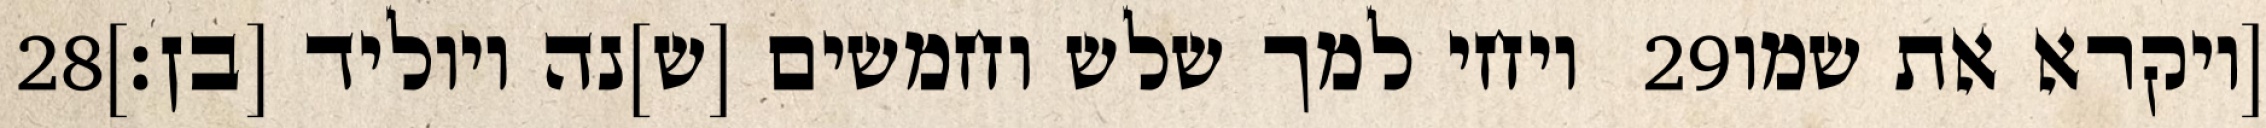
‎28‏ ויחי למך שלש וחמשים [ש]נה ויוליד [בן׃] ‎29‏ [ויקרא את שמו